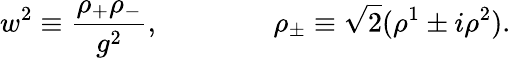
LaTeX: w^{2}\equiv\frac{\rho_{+}\rho_{-}}{g^{2}},\qquad\qquad\rho_{\pm}\equiv\sqrt{2}(\rho^{1}\pm i\rho^{2}).